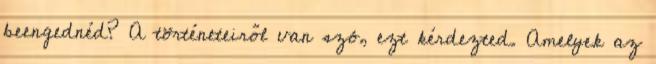
beengednéd? A történeteiről van szó, ezt kérdezted. Amelyek az